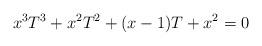
LaTeX: \begin{align*} x^3 T^3 + x^2 T^2 + (x-1)T +x^2 = 0\end{align*}